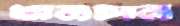
খামচান